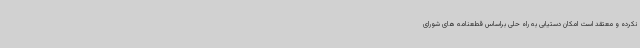
نکرده و معتقد است امکان دستیابی به راه حلی براساس قطعنامه های شورای